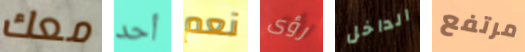
معك أحد نعم رؤى الداخل مرتفع